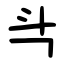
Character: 㪲